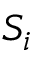
S _ { i }